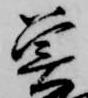
魚